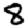
Digit: 8